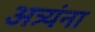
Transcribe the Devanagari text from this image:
अत्र्यंना